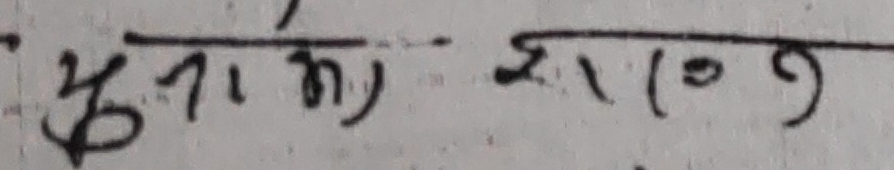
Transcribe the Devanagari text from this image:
युनाको उदाहरण